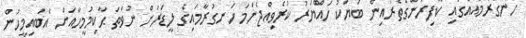
ހަނގުރާމައެއްގައި ކާފިރުންގެތެރެއިން ބަޔަކު ހައްޔަރު ކުރެވިއްޖެނަމަ ހަނގުރާމައިގެ ލީޑަރަށް ނުވަތަ ޙާކިމުމީހާއަށް އެބައިމީހުން